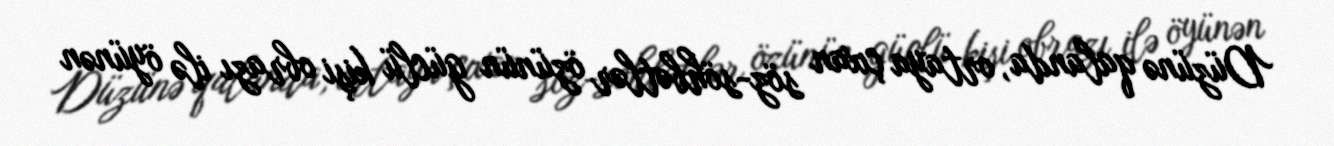
Düzünə qalanda, ortaya çıxan söz-söhbətlər özünün güclü kişi obrazı ilə öyünən